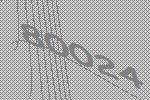
80024